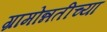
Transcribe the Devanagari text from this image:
ग्रामोन्नतीच्या